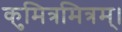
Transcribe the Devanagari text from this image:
कुमित्रमित्रम्।